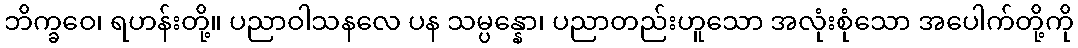
ဘိက္ခဝေ၊ ရဟန်းတို့။ ပညာဝါသနလေ ပန သမ္ပန္နော၊ ပညာတည်းဟူသော အလုံးစုံသော အပေါက်တို့ကို